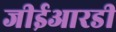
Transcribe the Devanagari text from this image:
जीईआरडी